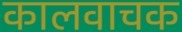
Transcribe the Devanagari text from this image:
कालवाचक